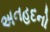
અનહદનો